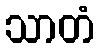
သာတံ